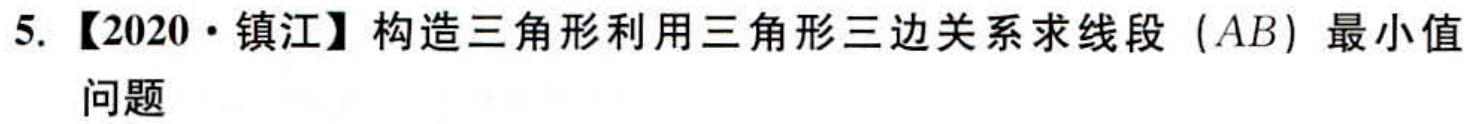
5. 【2020·镇江】构造三角形利用三角形三边关系求线段（\(AB\)）最小值问题